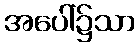
အပေါ်၌သာ